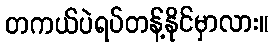
တကယ်ပဲရပ်တန့်နိုင်မှာလား။